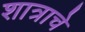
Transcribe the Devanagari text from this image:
शात्राचे